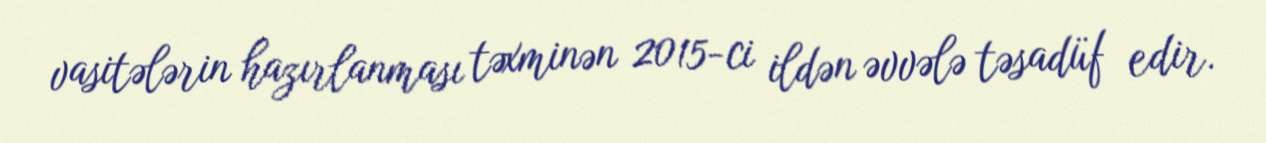
vasitələrin hazırlanması təxminən 2015-ci ildən əvvələ təsadüf edir.